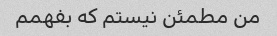
من مطمئن نیستم که بفهمم